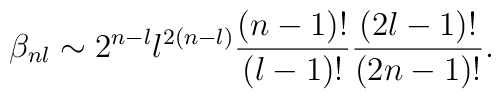
\beta_{nl} \sim 2^{n-l} l^{2(n-l)} \frac{(n-1)!}{(l-1)!}                 \frac{(2l-1)!}{(2n-1)!}.